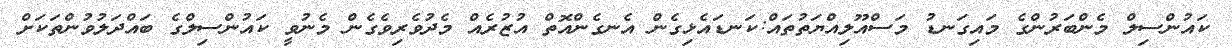
ކައުންސިލް މެންބަރުންގެ މައިގަނޑު މަސްއޫލިއްޔަތުތައް:ކަނޑައެޅިގެން އެނގެންއޮތް އުޒުރެއް މެދުވެރިވެގެން މެނުވީ ކައުންސިލްގެ ބައްދަލުވުންތަކަށް